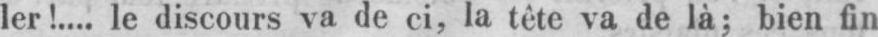
ler!.... le discours va de ci, la tête va de là; bien fin